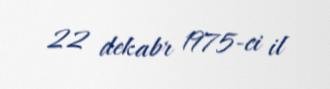
22 dekabr 1975-ci il